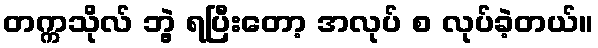
တက္ကသိုလ် ဘွဲ့ ရပြီးတော့ အလုပ် စ လုပ်ခဲ့တယ်။